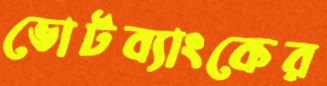
ভোটব্যাংকের